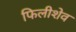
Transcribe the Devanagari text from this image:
फिलीशेव